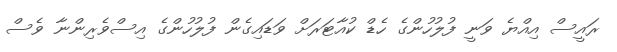
ރައީސް އިއްޔެ ވަނީ ފުލުުހުންގެ ހެޑް ކުއާޓަރަށް ވަޑައިގެން ފުލުހުންގެ އިސްވެރިންނާ ވެސް